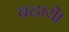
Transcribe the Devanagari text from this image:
बढ़ाये।